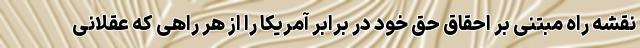
نقشه راه مبتنی بر احقاق حق خود در برابر آمریکا را از هر راهی که عقلانی